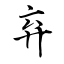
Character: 弃